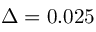
\Delta = 0 . 0 2 5